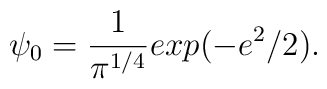
\psi_0 = \frac{1}{\pi^{1/4}} exp(-e^2/2).